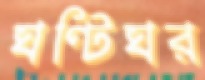
ঘণ্টিঘর